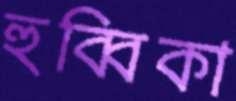
হুব্বিকা